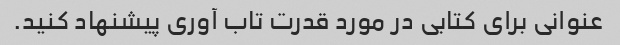
عنوانی برای کتابی در مورد قدرت تاب آوری پیشنهاد کنید.